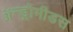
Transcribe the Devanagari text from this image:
ॲन्ड्रोमीडस